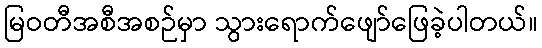
မြဝတီအစီအစဉ်မှာ သွားရောက်ဖျော်ဖြေခဲ့ပါတယ်။